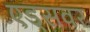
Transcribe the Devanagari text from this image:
एड्‌सवर